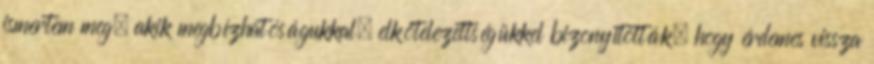
ismertem meg, akik megbízhatóságukkal, elkötelezettségükkel bizonyították, hogy érdemes vissza